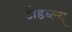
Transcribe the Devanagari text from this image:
टीडब्‍ल्‍यू